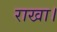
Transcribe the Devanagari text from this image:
राखा।